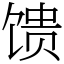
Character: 馈